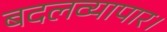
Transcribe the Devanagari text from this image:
बदलव्यापार।